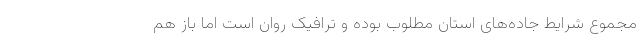
مجموع شرایط جاده‌های استان مطلوب بوده و ترافیک روان است اما باز هم